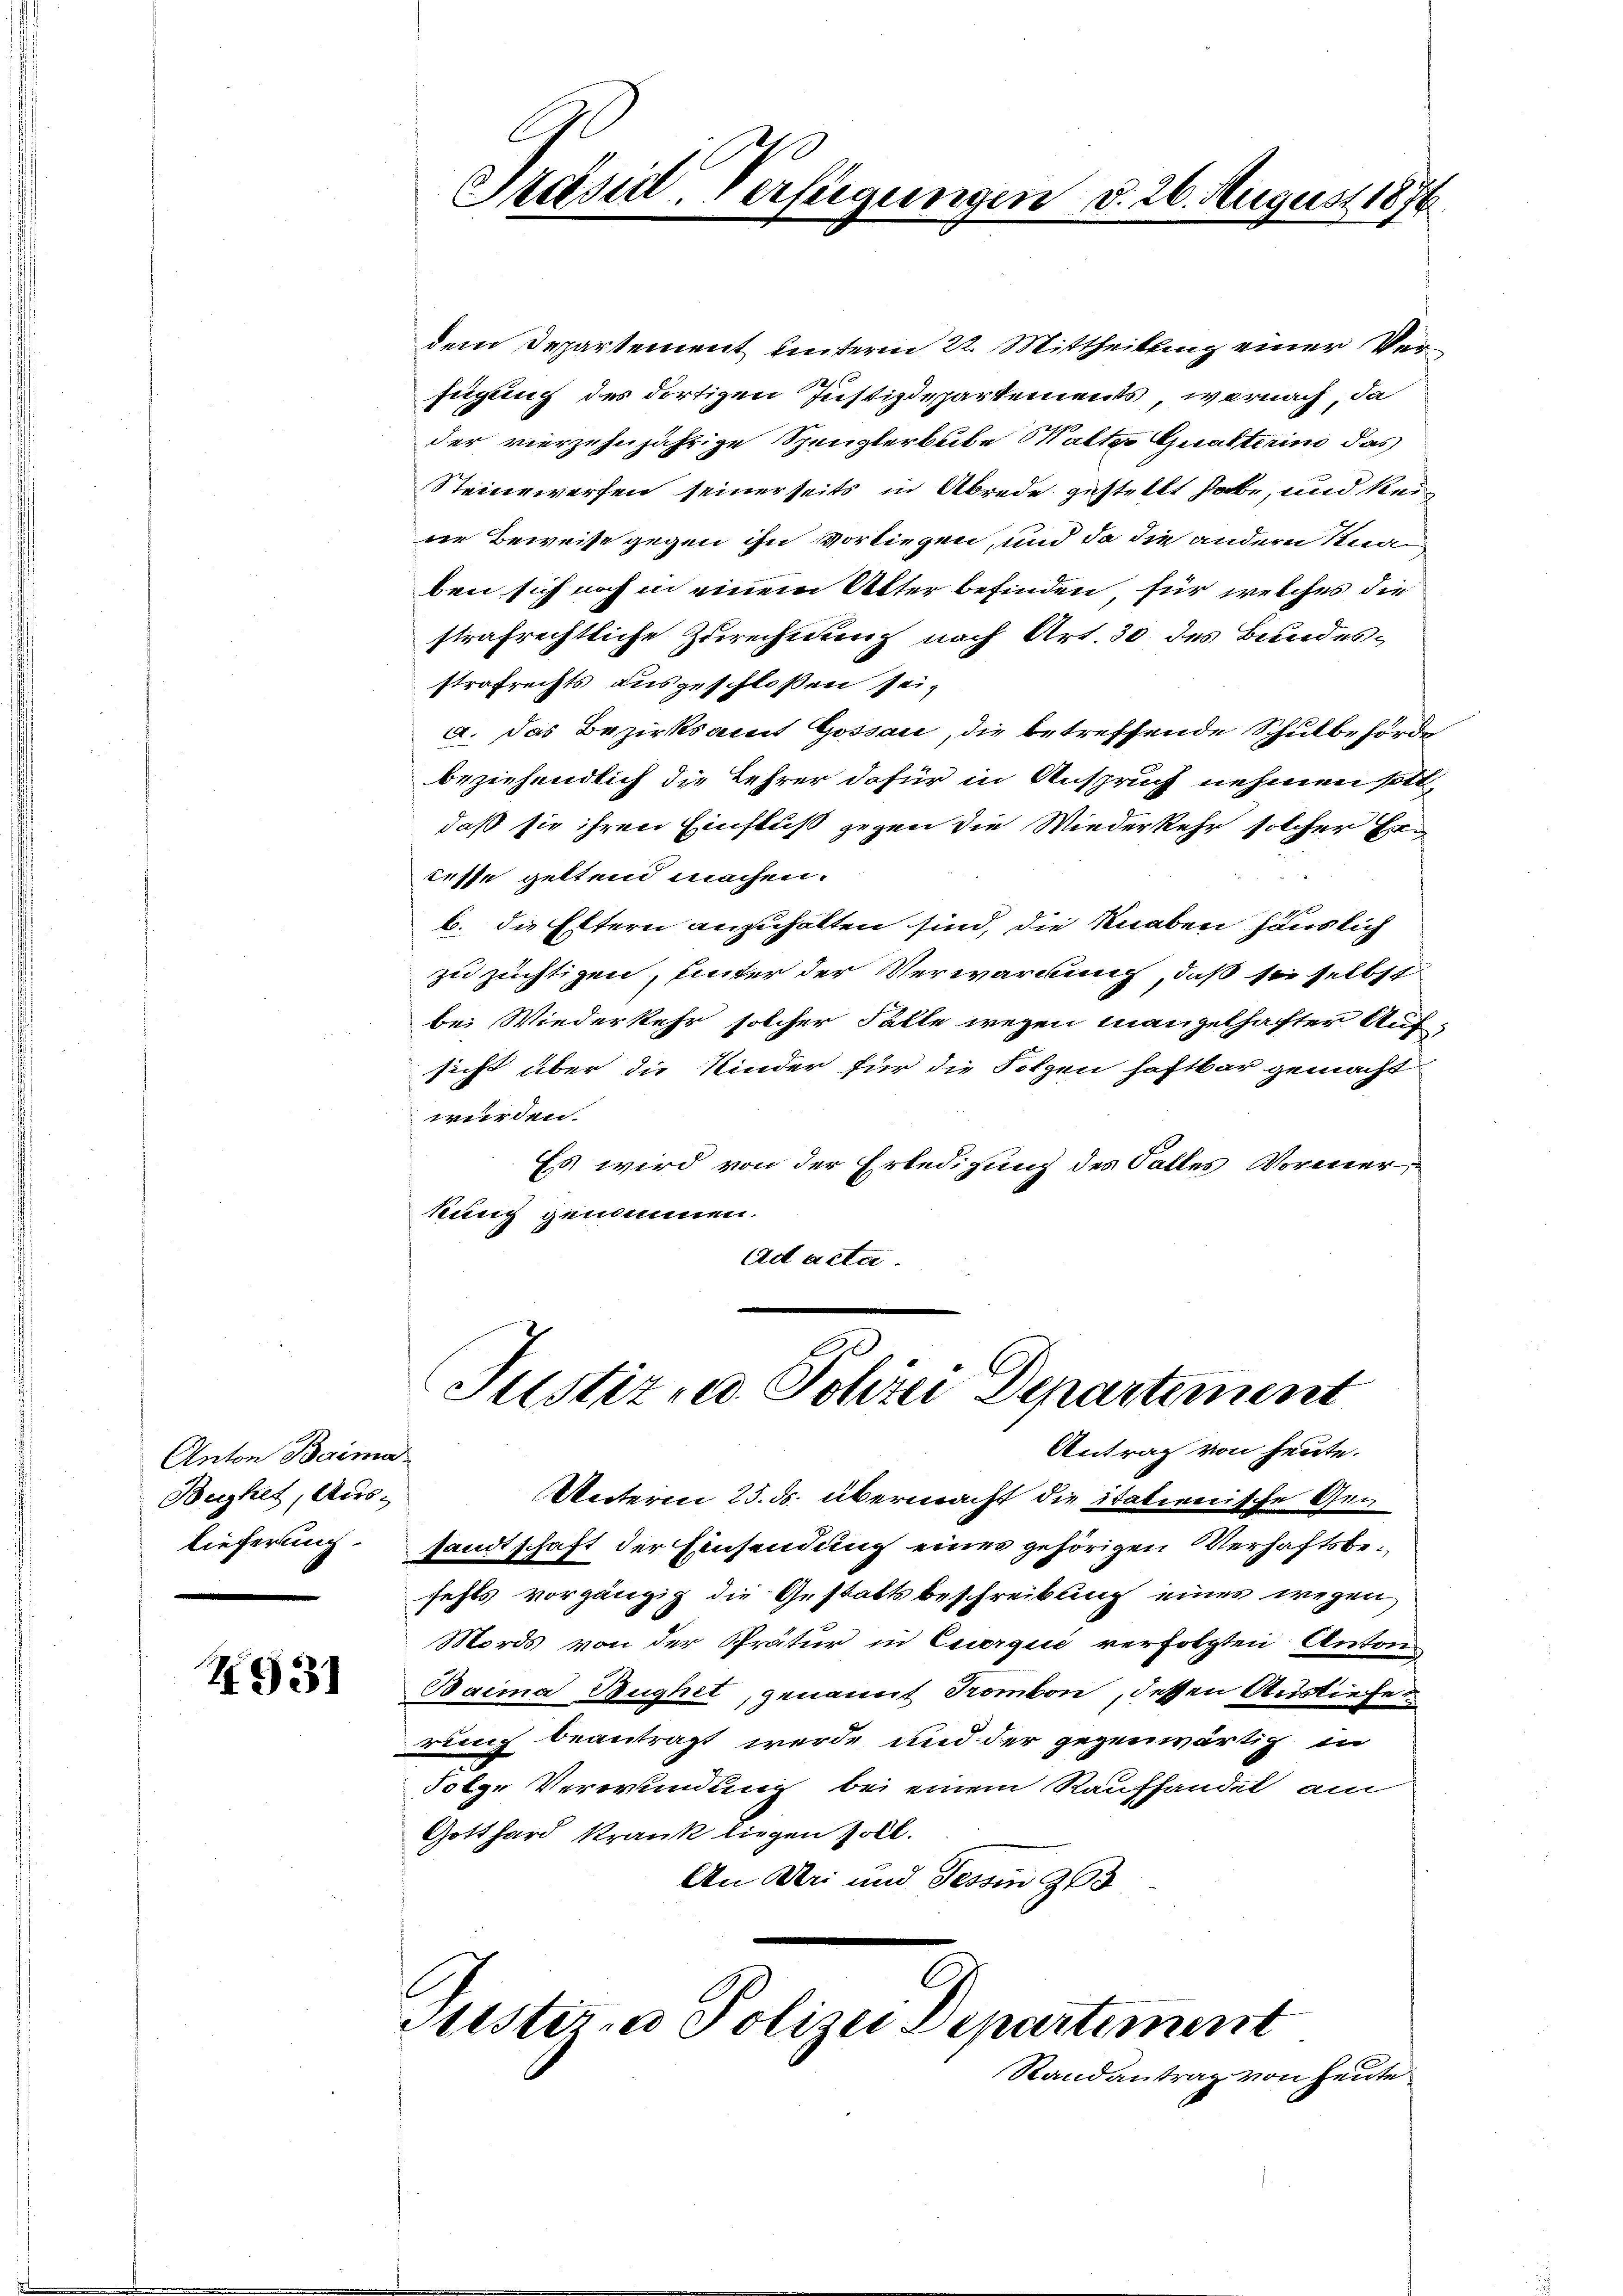
Anton Baima
Beyhet, Aus¬

4931

dem Departement unterm 22. Mittheilung einer Verfügung des dortigen Justizdepartements, wornach, da
der vierzehnjährige Spenglerbube alter Qualterino das
Steinewerfen seinerseits in Abrede gestellt habe, und kein
ne Beweise gegen ihn vorliegen, und da die andern Knaben sich noch in einem Alter befinden, für welches die
strafrechtliche Zurechnung nach Art. 30 des Bundesstrafrechts ausgeschlossen sei,
a. Das Bezirksamt Gossau, die betreffende Schulbehörde
beziehendlich die Lehrer dafür in Anspruch nehmen solldaß sie ihren Einfluß gegen die Wiederkehr solcher Ern
tisse geltend machen.
b. die Eltern anzuhalten sind, die Knaben häuslich
zu züchtigen, unter der Verwartung, daß sie selbst
bei Wiederkehr solcher Falle wegen mangelhafter Aufsicht über die Kinder für die Folgen haftbar gemacht
werden.
Es wird von der Erledigung des Falles Vormerkung genommen.
Ad acta.

Präsid. Verfügungen d. 26. August 1876

Justiz- u. Polizei Departement
Antrag von heute.

Unterm 25. ds. übermacht die italienische Gen
lieferung sandtschaft der Einsendung eines gehörigen Verhaftsbefehls vorgängig die Gestaltsbeschreibung eines wegen
Mords von der Prätur in Cuorqui verfolgten Anton
Baima Bughet, genannt Trombon, dessen Ausliefen
rung beantragt werde, und der gegenwärtig in
Folge Verwundung bei einem Raufhandel am
Gotthard Krank liegen soll.
An Uri und Tessin 303

Fisteria Polizei Departement
Randantrag von heute